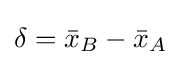
\delta ={\bar {x}}_{B}-{\bar {x}}_{A}